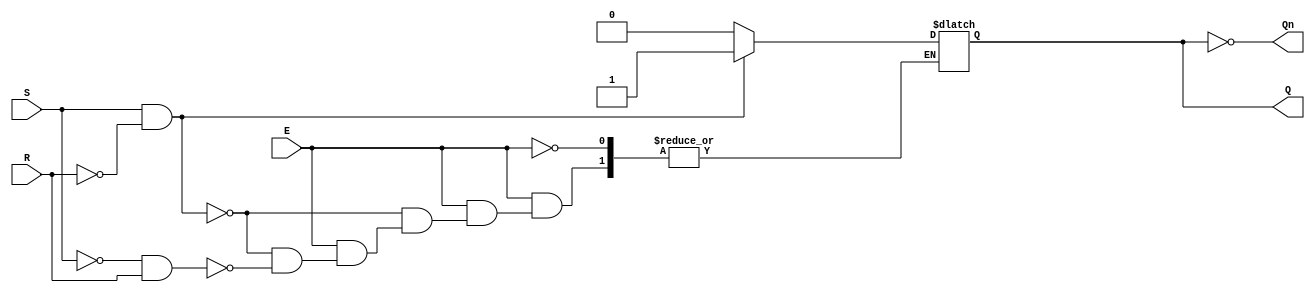
module gated_sr_latch (
    input wire S,      // Set input
    input wire R,      // Reset input
    input wire E,      // Enable input
    output reg Q,      // Output Q
    output wire Qn     // Complementary output Q'
);

    // Assign Q' as the inverse of Q
    assign Qn = ~Q;

    // Always block triggered by changes in S, R, or E
    always @(*) begin
        if (E) begin
            if (S && !R) begin
                Q = 1;   // Set Q to 1
            end else if (!S && R) begin
                Q = 0;   // Reset Q to 0
            end else if (S && R) begin
                // Invalid state: both S and R high
                // Handle as needed (e.g., retain previous state, set to 0, etc.)
                // Here we will do nothing to retain previous state
                // Q remains unchanged
            end else begin
                // Both S and R are low, retain previous state
                // Q remains unchanged
            end
        end
        // If E is low, Q retains its previous state (no change)
    end

endmodule